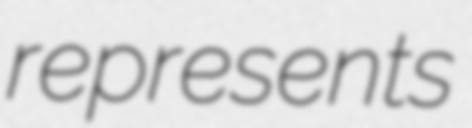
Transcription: represents